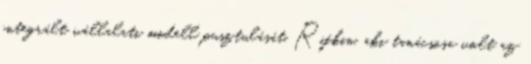
integrált vállalati modell pusztulását. Rifkin, aki tanácsosa volt az